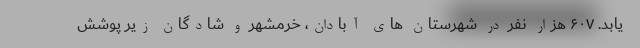
یابد. ۶۰۷ هزار نفر در شهرستان های آبادان، خرمشهر و شادگان زیر پوشش